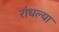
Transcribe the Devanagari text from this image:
रांधल्या